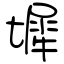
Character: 墀